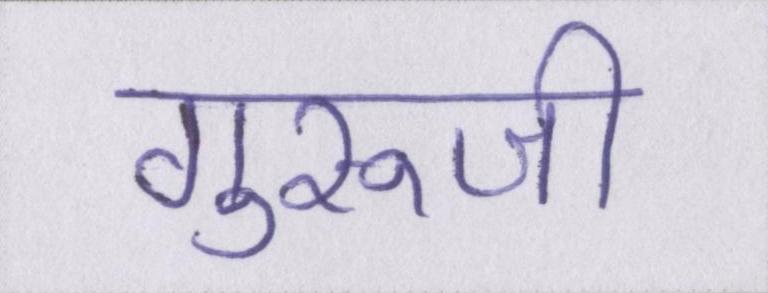
गुरूजी